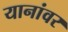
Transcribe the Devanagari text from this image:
यानांवर